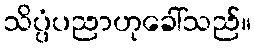
သိပ္ပံပညာဟုခေါ်သည်။